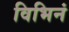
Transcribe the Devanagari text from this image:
विभिनं